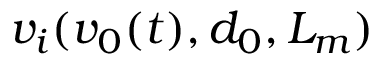
v _ { i } ( v _ { 0 } ( t ) , d _ { 0 } , L _ { m } )